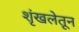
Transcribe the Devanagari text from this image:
शृंखलेतून